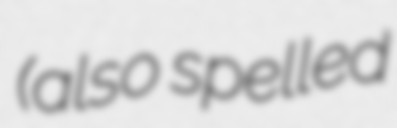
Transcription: (also spelled